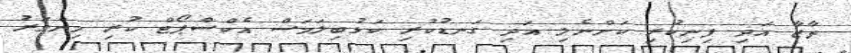
ތާޒާ އަދި ފިނިކުރި ކަންނެލި އަދި ގަނޑުކުރި ކަޅުބިލަމަސް އެކްސްޕޯޓް ކުރި މިންވަރު